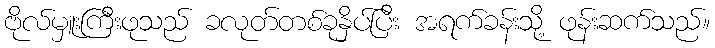
ဗိုလ်မှူးကြီးဖုသည် ခလုတ်တစ်ခုနှိပ်ပြီး အရက်ခန်းသို့ ဖုန်းဆက်သည်။